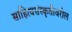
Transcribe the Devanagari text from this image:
साहित्यसंस्कृतीवरील